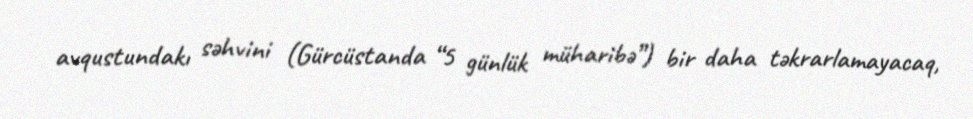
avqustundakı səhvini (Gürcüstanda “5 günlük müharibə”) bir daha təkrarlamayacaq,